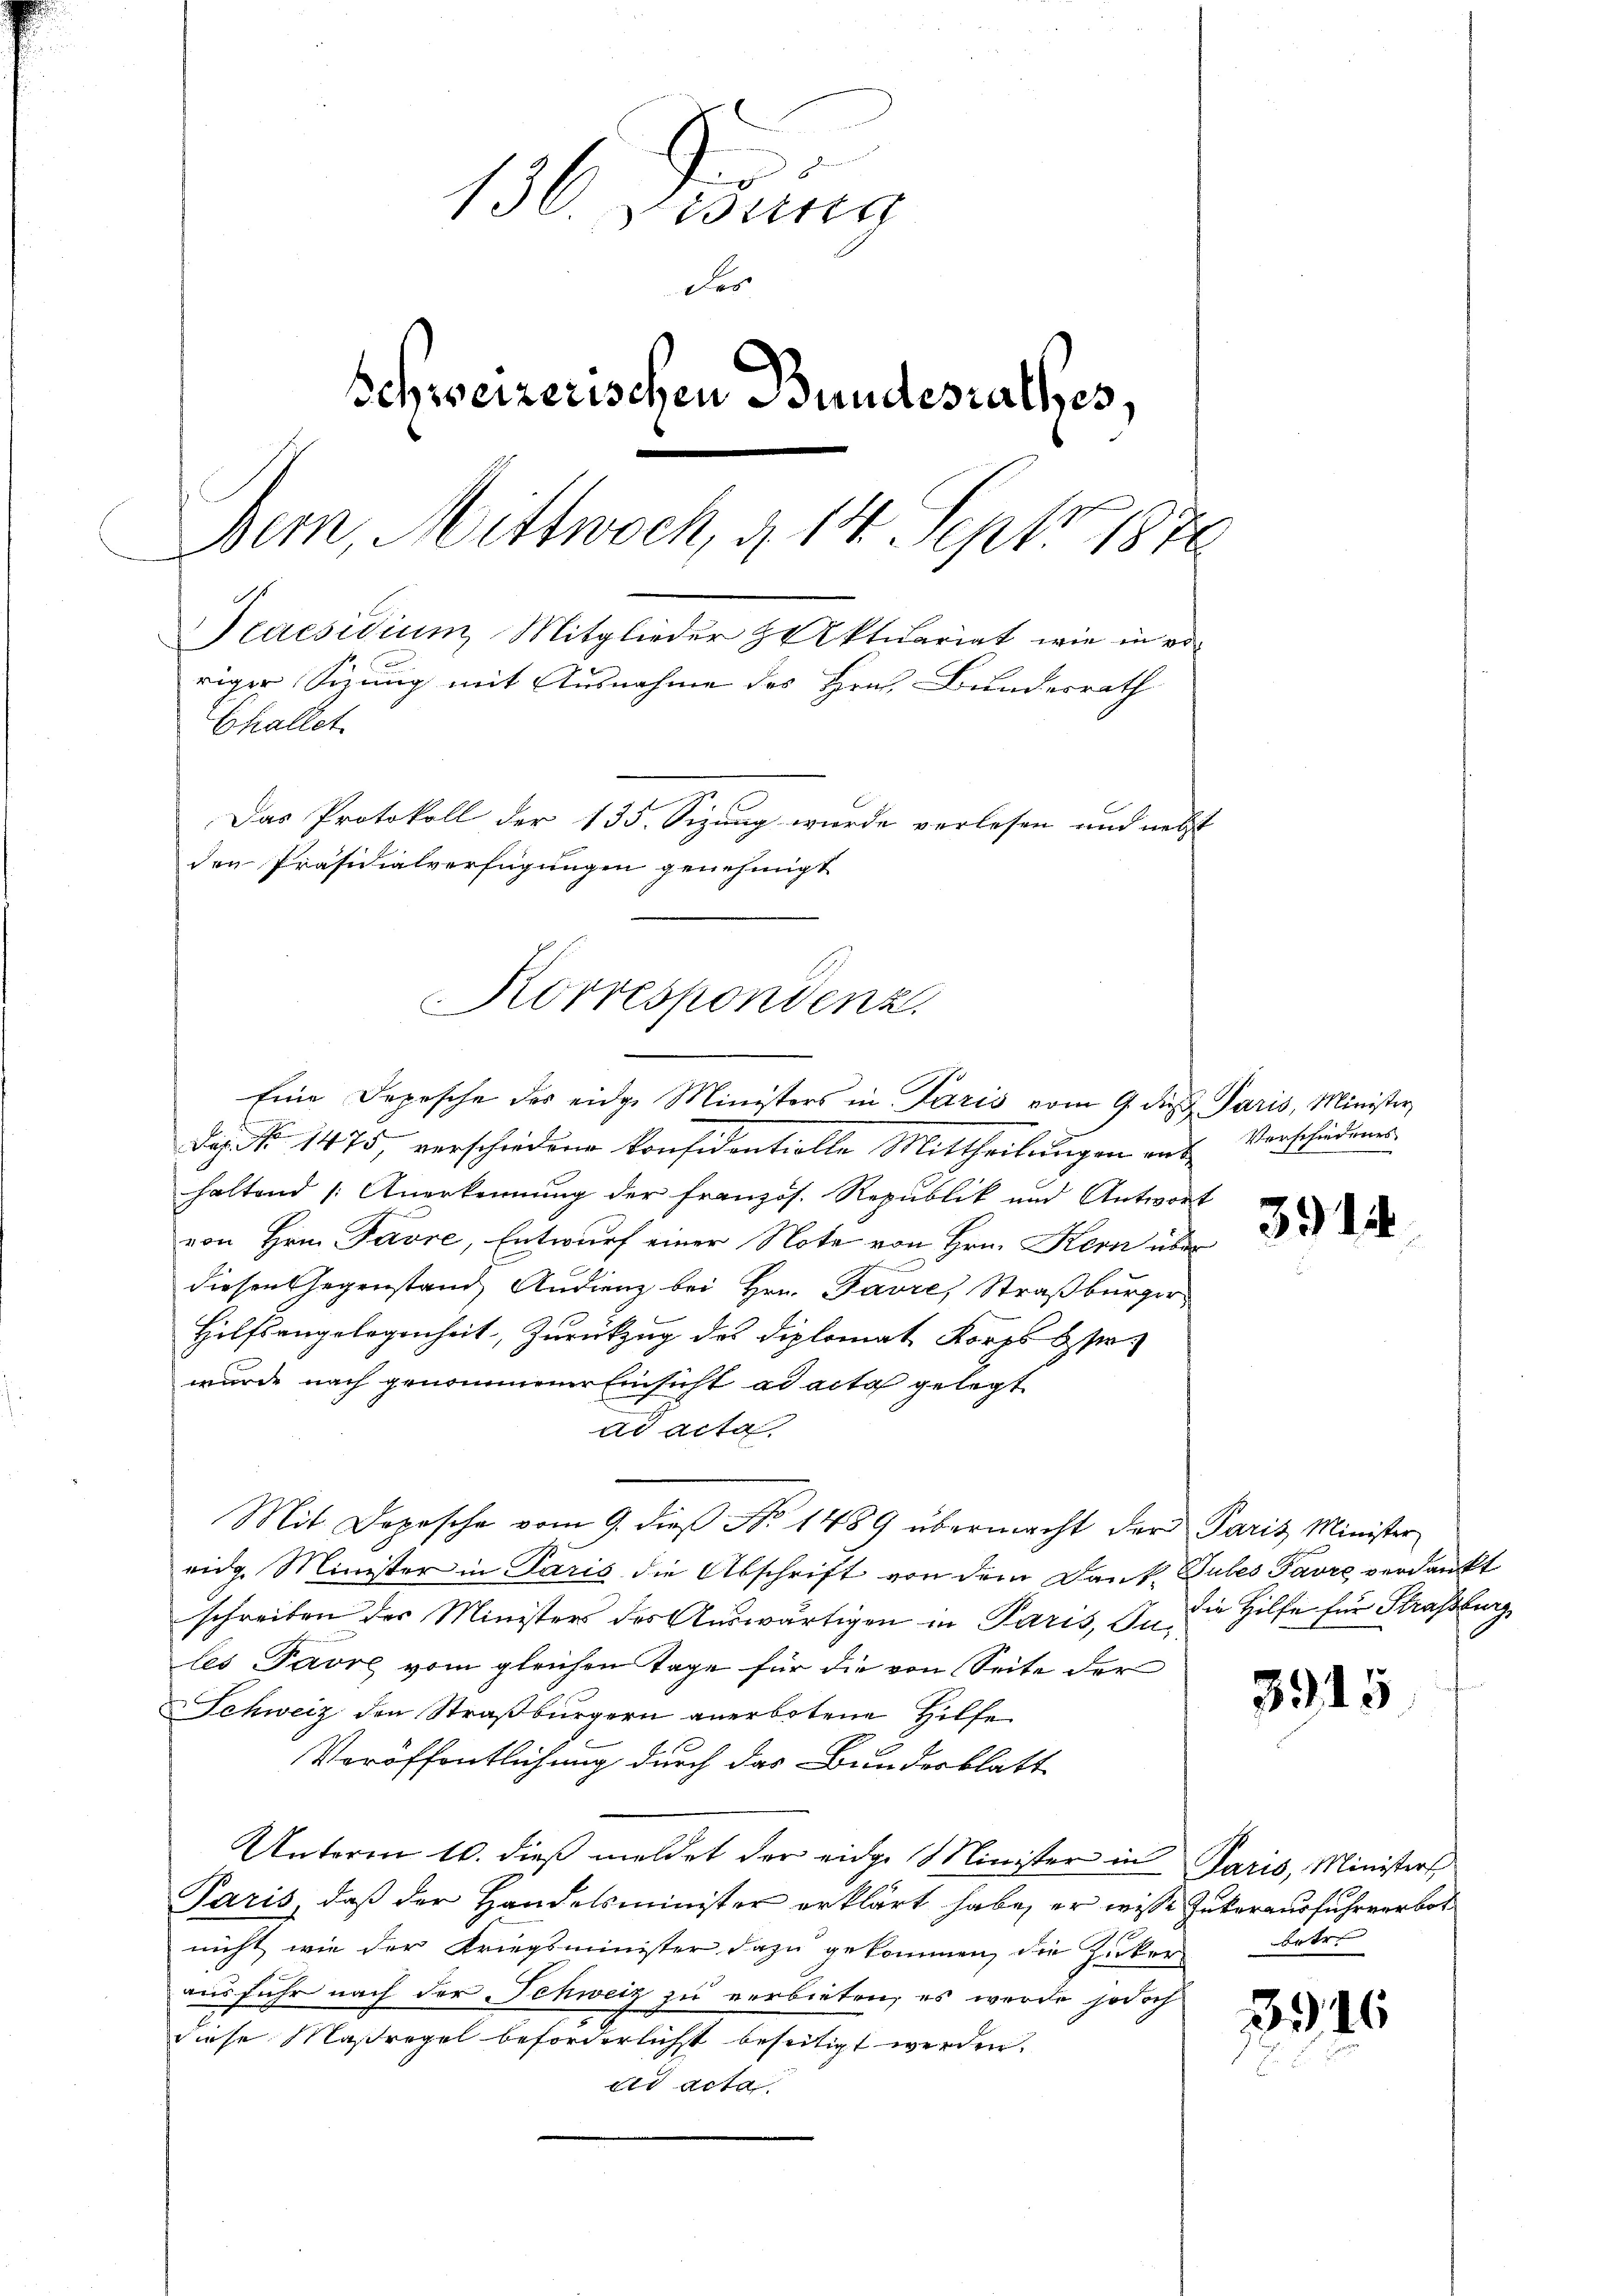
136. Denung
des
Schweizerischen Bundesrathes.
Dem, Mittwoch, § 14 Sept 1876
Praesidium Mitglieder Aktuariat, wie in voriger Sitzung mit Ausnahme des Hrn. Bundesrath
Challet
Das Protokoll der 135. Sizung wurde verlesen und nebst
den Präsidialverfügungen genehmigt

Korrespondenz.
Eine Depesche des eidge Ministers in Paris vom 9. die Paris, Minister,

Dis. No 1475, verschiedene Konsidentiolle Mittheilungen ent
haltend /: Anerkennung der französ. Republik und Antwort
von Hrn. Favre, Entwurf einer Note von Hrn. Kern über
diesen Gegenstand Audienz bei Hrn. Favre, Straßburger
Hilfsangelegenheit, Zurückzug des Diplomat Korps erwurde nach genommener Einsicht ad acta gelegt
ad acta,
Mit Depesche vom 9. dieβ No. 1489 übermacht der Paris Minister
eidg. Minister in Paris die Abschrift von dem Dank Tubes Favre verdankt
schreiben der Ministers des Auswärtigen in Paris, In die Hilfe für Straßburg
les Favre vom gleichen Tage für die von Seite der
Schweiz den Straßburgern anerbotene Hilfe
Veröffentlichung durch das Bundesblatt
Unterm 10. dieß meldet der eidge Minister in Paris, Ministers
Paris, daß der Handelsminister erklärt habe, er wisse Zukerausfuhrverbot
nicht wie der Kriegsminister dazu gekommen, die Zuker
ausfuhr nach der Schweiz zu verbieten, es wurde jodoch
diese Maßregel beförderlicht beseitigt werden.
dd acta

Verschiedenes

3914

3915

betr.

346